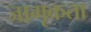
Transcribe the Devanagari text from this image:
जागृकता